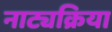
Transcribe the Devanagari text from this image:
नाट्यक्रिया